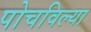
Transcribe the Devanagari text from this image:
पोचविल्या